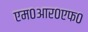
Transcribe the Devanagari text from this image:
एम०आर०एफ०